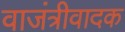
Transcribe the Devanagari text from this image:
वाजंत्रीवादक